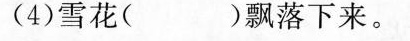
(4)雪花( )飘落下来。